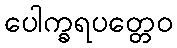
ပေါက္ခရပတ္တေဝ